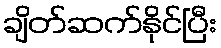
ချိတ်ဆက်နိုင်ပြီး